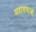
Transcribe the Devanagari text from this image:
महासभाओं